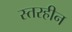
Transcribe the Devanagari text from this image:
स्तरहीन